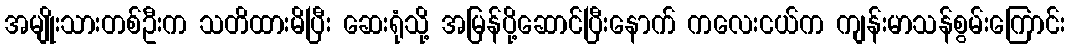
အမျိုးသားတစ်ဦးက သတိထားမိပြီး ဆေးရုံသို့ အမြန်ပို့ဆောင်ပြီးနောက် ကလေးငယ်က ကျန်းမာသန်စွမ်းကြောင်း